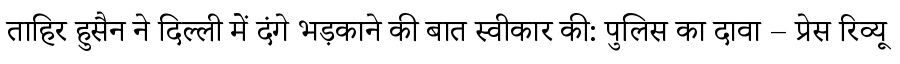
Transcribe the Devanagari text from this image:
ताहिर हुसैन ने दिल्ली में दंगे भड़काने की बात स्वीकार की: पुलिस का दावा – प्रेस रिव्यू